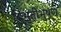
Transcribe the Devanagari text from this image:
बिभुतीभुषण